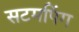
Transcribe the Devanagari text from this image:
सटमपिंग